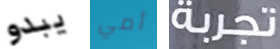
يبدو أمي تجربة